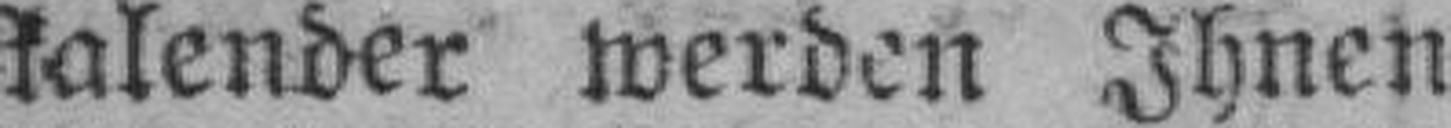
kalender werden Ihnen